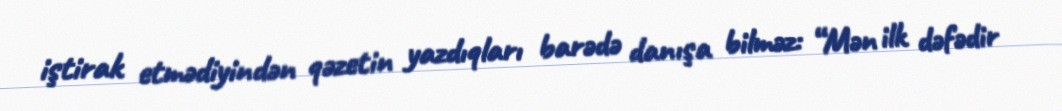
iştirak etmədiyindən qəzetin yazdıqları barədə danışa bilməz: “Mən ilk dəfədir